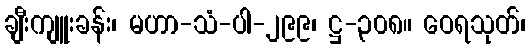
ချီးကျူးခန်း၊ မဟာ-သံ-ပါ-၂၉၉၊ ဋ္ဌ-၃၀၈။ ဝေရသုတ်၊